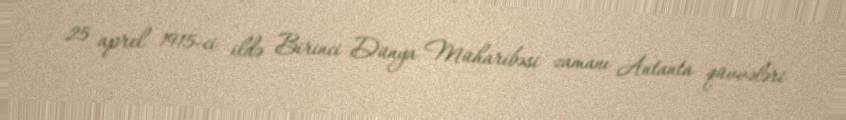
25 aprel 1915-ci ildə Birinci Dünya Müharibəsi zamanı Antanta qüvvələri